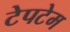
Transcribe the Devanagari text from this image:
टेपटेम